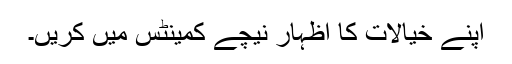
اپنے خیالات کا اظہار نیچے کمینٹس میں کریں۔